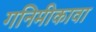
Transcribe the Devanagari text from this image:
गनिमीकावा